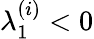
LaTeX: \lambda_{1}^{(i)}<0